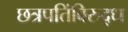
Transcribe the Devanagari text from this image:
छत्रपतिंविरुद्ध